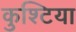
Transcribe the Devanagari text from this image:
कुश्टिया